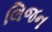
લિજન